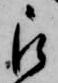
被